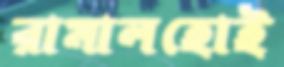
রামালহোই